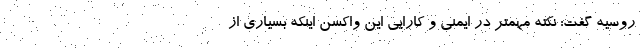
روسیه گفت: نکته مهمتر در ایمنی و کارایی این واکسن اینکه بسیاری از